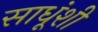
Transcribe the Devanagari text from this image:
साधूंशी